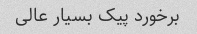
برخورد پیک بسیار عالی